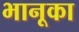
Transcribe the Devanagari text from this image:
भानूका